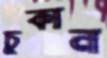
চুকান